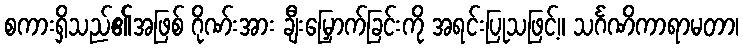
စကားရှိသည်၏အဖြစ် ဂိုဏ်းအား ချီးမြှောက်ခြင်းကို အရင်းပြုသဖြင့်။ သင်္ဂဏိကာရာမတာ၊